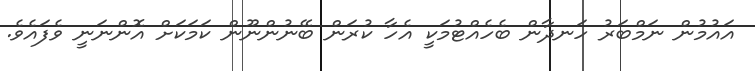
އައުމުން ނަމްބަރު ހަނދާން ބެހެއްޓުމަކީ އެހާ ކުރަން ބޭނުންނޫން ކަމަކަށް އޮންނަނީ ވެފައެވެ.